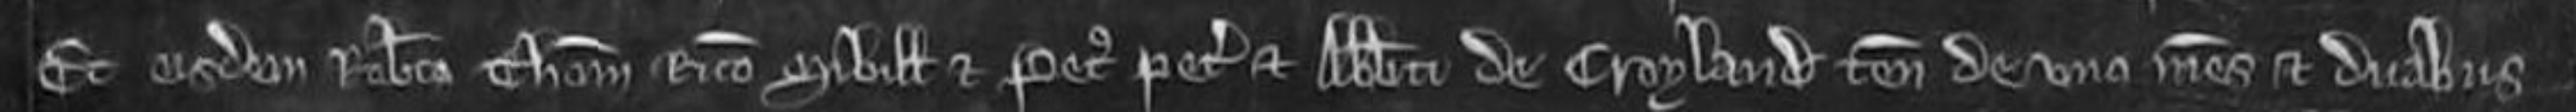
et eisdem Roberto Thoma Ricardo Sibille et Petro petentibus et abbati de Croyland tenenti de uno mesuagio et duabus